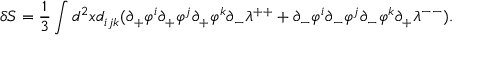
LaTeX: \delta S = \frac { 1 } { 3 } \int d ^ { 2 } x d _ { i j k } ( \partial _ { + } \varphi ^ { i } \partial _ { + } \varphi ^ { j } \partial _ { + } \varphi ^ { k } \partial _ { - } \lambda ^ { + + } + \partial _ { - } \varphi ^ { i } \partial _ { - } \varphi ^ { j } \partial _ { - } \varphi ^ { k } \partial _ { + } \lambda ^ { -- } ) .